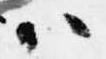
ハ